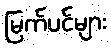
မြက်ပင်များ